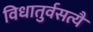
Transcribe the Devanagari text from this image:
विधातुर्वसत्यै